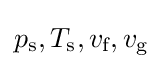
p_{\text{s}},T_{\text{s}},v_{\text{f}},v_{\text{g}}